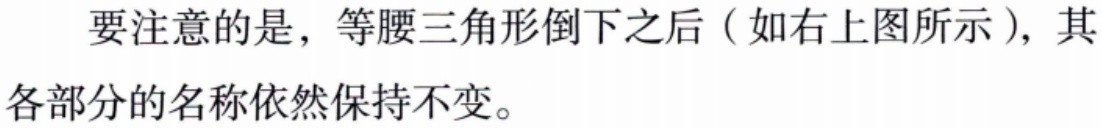
要注意的是，等腰三角形倒下之后（如右上图所示），其各部分的名称依然保持不变。